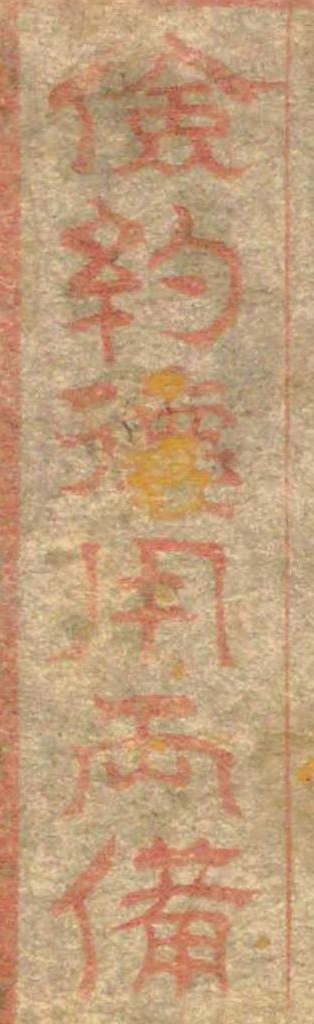
儉約徳用両備